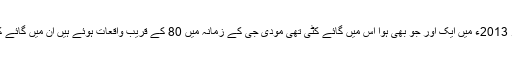
ریکارڈ ہے کہ 2012 ء میں ایک اور 2013ء میں ایک اور جو بھی ہوا اس میں گائے کٹی تھی مودی جی کے زمانہ میں 80 کے قریب واقعات ہوئے ہیں ان میں گائے کی رسّی پکڑکر مسلمان لے جارہا ہے۔